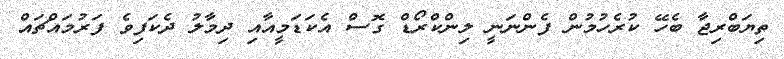
ތިޔަބްރިޖާ ބެހޭ ކުރެހުމުން ފެންނަނީ ލިންކްރޯޑް ގޮސް އެކަޑަމީއާއި ދިމާލު ދެކަފިވެ ފަރުމައްޗައް